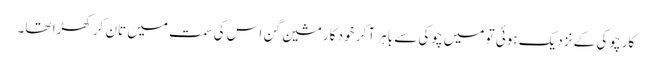
کار چوکی کے نزدیک ہوئی تو میں چوکی سے باہر آ کر خود کار مشین گن اس کی سمت میں تان کر کھڑا تھا۔